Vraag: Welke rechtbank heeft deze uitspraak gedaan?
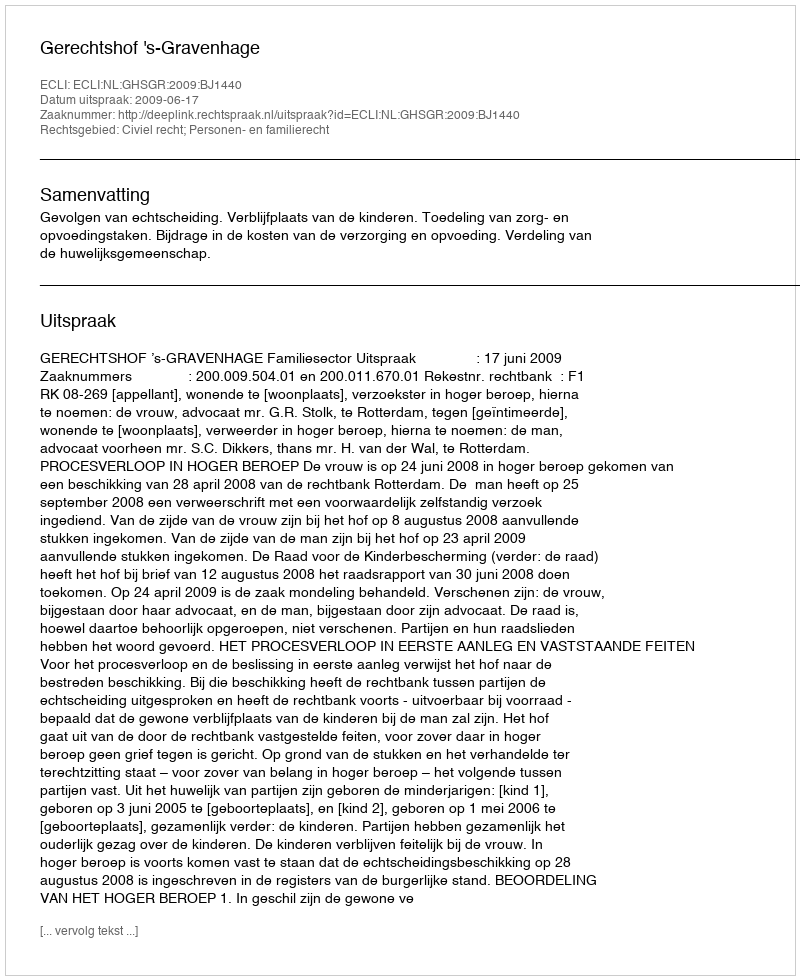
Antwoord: Gerechtshof 's-Gravenhage